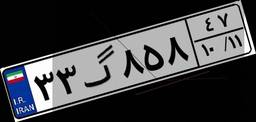
۷۱گ۴۰۴۱۰